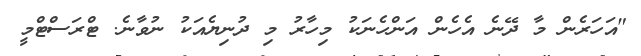
"އަހަރެން މާ ދޭނެ އެހެން އަންހެނަކު މިހާރު މި ދުނިޔެއަކު ނުވާނެ. ޓްރަސްޓްމީ